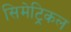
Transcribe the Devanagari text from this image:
सिमेट्रिकल